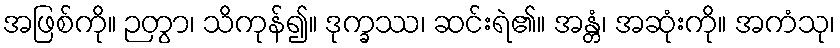
အဖြစ်ကို။ ဉတွာ၊ သိကုန်၍။ ဒုက္ခဿ၊ ဆင်းရဲ၏။ အန္တံ၊ အဆုံးကို။ အကံသု၊